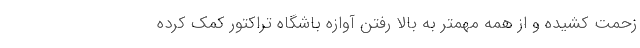
زحمت کشیده و از همه مهمتر به بالا رفتن آوازه باشگاه تراکتور کمک کرده